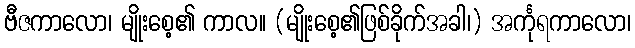
ဗီဇကာလော၊ မျိုးစေ့၏ ကာလ။ (မျိုးစေ့၏ဖြစ်ခိုက်အခါ၊) အင်္ကုရကာလော၊